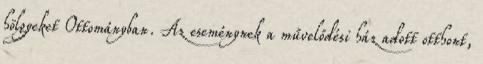
hölgyeket Ottományban. Az eseménynek a művelődési ház adott otthont,